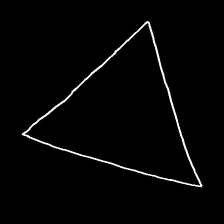
Glyph: convergence